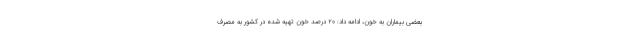
بعضی بیماران به خون، ادامه داد: ۲۰ درصد خون تهیه شده در کشور به مصرف